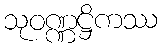
သုဝဏ္ဏဋ္ဌိကဿ